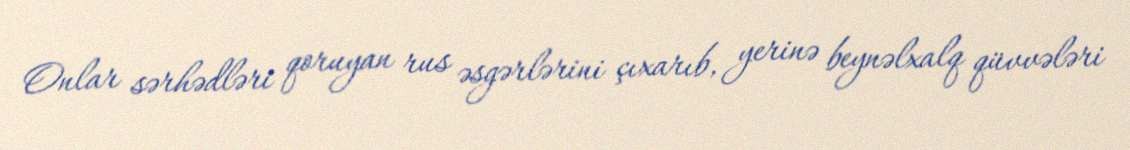
Onlar sərhədləri qoruyan rus əsgərlərini çıxarıb, yerinə beynəlxalq qüvvələri